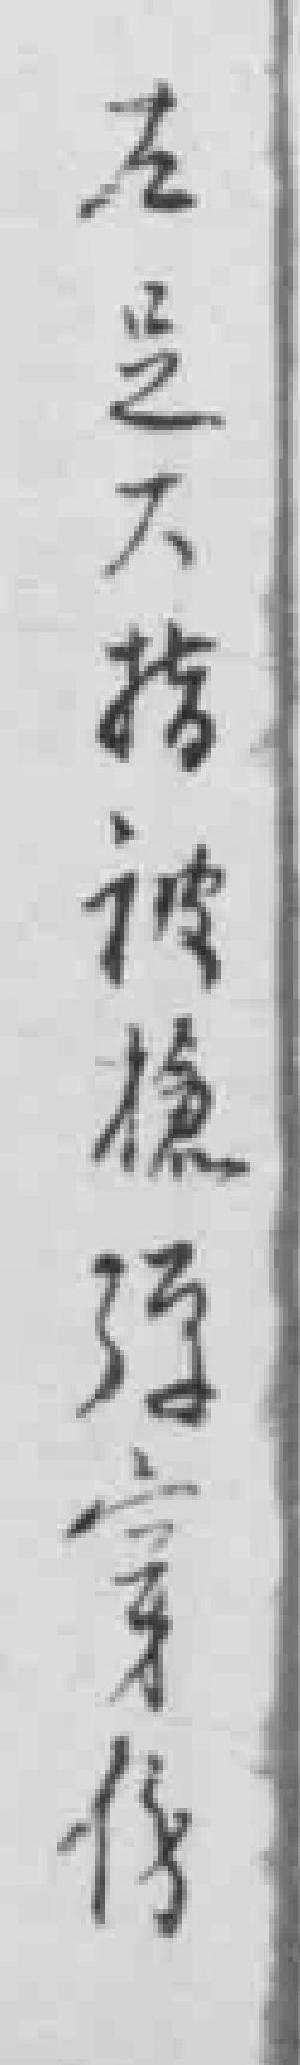
左足大指被槍弹穿傷